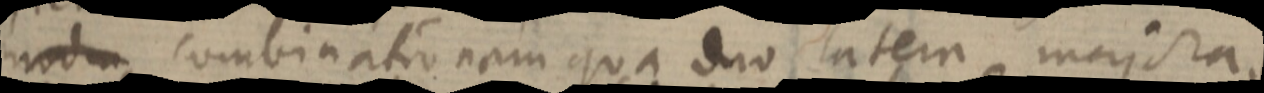
mod_ combinationam qua duo latem majora